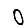
Digit: 0